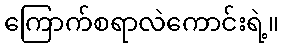
ကြောက်စရာလဲကောင်းရဲ့။